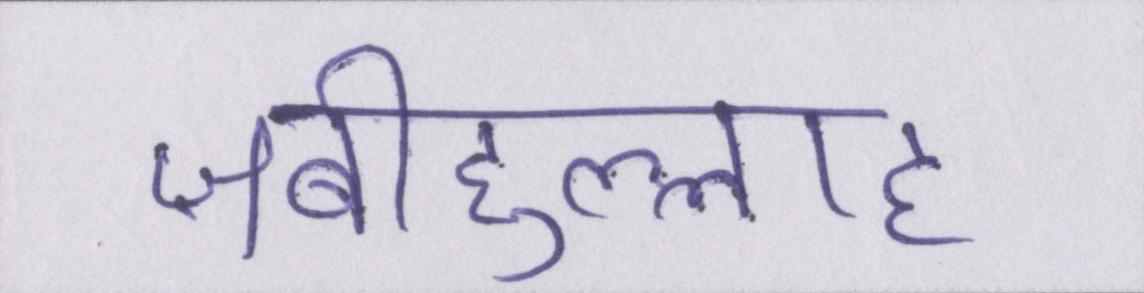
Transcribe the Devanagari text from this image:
ज़बीहुल्लाह